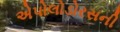
એપોલોડોરસની